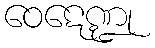
ဝေဋေဏ္ဍု